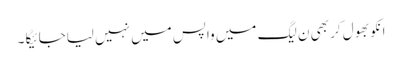
انکو بھول کر بھی ن لیگ میں واپس میں نہیں لیاجائیگا ۔